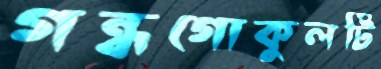
গন্ধগোকুলটি